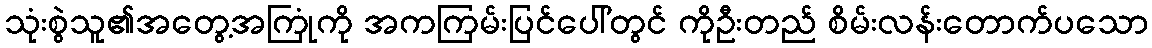
သုံးစွဲသူ၏အတွေ့အကြုံကို အကကြမ်းပြင်ပေါ်တွင် ကိုဦးတည် စိမ်းလန်းတောက်ပသော